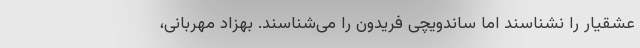
عشقیار را نشناسند اما ساندویچی فریدون را می‌شناسند. بهزاد مهربانی،